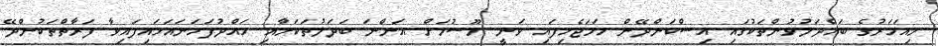
މިއަހަރުގެ ބައްދަލުވުންތަކުގައި އިސްކަންދޭން ހަމަޖެހިފައި ވަނީ މޫސުމަށް އަންނަ ބަދަލުތަކަށާއި ހައްދުފަހަނައަޅައިފައިވާ ފަރާތްތަކުންދޭ